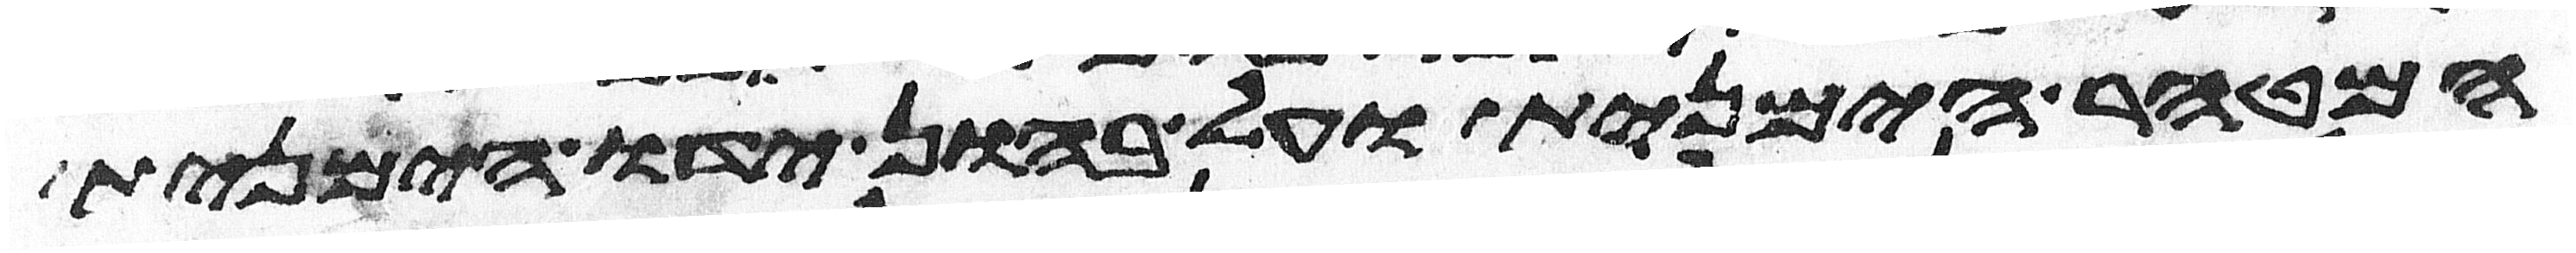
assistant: המטהר הימנית ועל בהון ידו הימנית